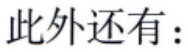
此外还有：